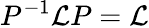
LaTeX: P^{-1}\mathcal{L}P=\mathcal{L}